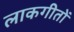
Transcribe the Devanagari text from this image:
लाकगीतों